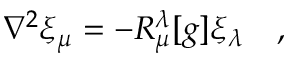
\nabla ^ { 2 } \xi _ { \mu } = - R _ { \mu } ^ { \lambda } [ g ] \xi _ { \lambda } ~ ~ ~ ,